Report on vaccination in Madras 1904-1921 - 1904-1921
Year: 1904
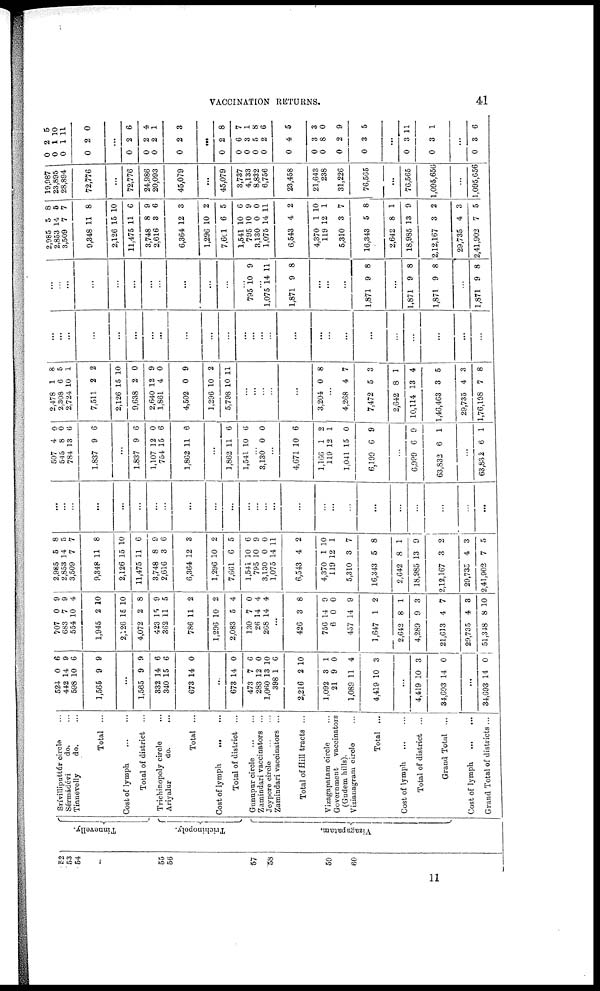
VACCINATION RETURNS.
41
52
53
54
55
56
57
58
59
60
Tinnevelly.
Trichinopoly.
Vizagapatam.
Srívilliputtúr circle... ...
Sérmádévi
do. ...
Tinnévelly
do. ... ...
Total ...
Cost of lymph
Total of district ...
Trichinopoly circle...
Ariyalur
do. ...
Total ...
Cost of lymph
Total of district ...
Gunupur circle...
...
Zamindari vaccinators ...
Jeypore circle... ...
Zamindari vaccinators ...
Total of Hill tracts ...
Vizagapatam circle...
Government vaccinators
(Gudem hills).
Vizianagram circle...
Total ...
Cost of lymph
Total of district ...
Grand Total ...
Cost of
lymph...
...
Grand Total of districts ...
524
442
598
1,565
0
14
10
9
6
9
6
9
...
1,565
332
340
673
9
14
15
14
9
6
6
0
...
673
473
283
1,060
398
2,216
1,092
21
1,089
4,419
14
7
12
13
1
2
3
9
11
10
0
6
0
10
6
10
1
0
4
3
...
4,419
34,693
10
14
3
0
...
34,693 14 0
707
683
554
1,945
2,126
4,072
423
362
786
1,296
2,083
130
26
268
0
7
10
2
16
2
15
11
11
10
5
7
14
14
9
9
4
10
10
8
9
5
2
2
4
0
4
4
...
426
756
6
457
1,647
2,642
4,289
21,613
29,735
51,348
3
14
0
14
1
8
9
4
4
8
8
9
0
9
2
1
3
7
3
10
2,985
2,853
3,509
9,348
2,126
11,475
3,748
2,616
6,364
1,296
7,661
1,541
795
3,130
1,075
6,543
4,370
119
5,310
16,343
2,642
18,985
2,12,167
29,735
2,41,902
5
14
7
11
15
11
8
3
12
10
6
10
10
0
14
4
1
12
3
5
8
13
3
4
7
8
5
7
8
10
6
9
6
3
2
5
6
9
0
11
2
10
1
7
8
1
9
2
3
5
...
...
...
...
...
...
...
...
...
...
...
...
...
...
...
...
...
...
...
...
...
...
...
...
...
507
545
784
1,837
4
8
13
9
0
0
6
6
...
1,837
1,107
754
1,862
9
12
15
11
6
0
6
6
...
1,862
1,541
11
10
6
6
...
3,130 0 0
...
4,671
1,166
119
1,041
6,199
10
1
12
15
6
6
2
1
0
9
...
6,999
63,832
6
6
9
1
...
63,832 6 1
2,478
2,308
2,724
7,511
2,126
9,638
2,640
1,861
4,502
1,296
5,798
1
6
10
2
15
2
12
4
0
10
10
8
5
1
2
10
0
9
0
9
2
11
...
...
...
...
...
3,204 0 8
...
4,268
7,472
2,642
10,114
1,46,463
29,735
1,76,198
4
5
8
13
3
4
7
7
3
1
4
5
3
8
...
...
...
...
...
...
...
...
...
...
...
...
...
...
...
...
...
...
...
...
...
...
...
...
...
...
...
...
...
...
...
...
...
...
...
...
795
..
10 9
...
1,075
1,871
14
9
11
8
...
...
...
1,871 9 8
...
1,871
1,871
9
9
8
8
...
1,871 9 8
2,985
2,853
3,509
9,348
2,126
11,475
3,748
2,616
6,364
1,296
7,601
1,541
795
3,130
1,075
6,543
4,370
119
5,310
16,343
2,642
18,985
2,12,167
29,735
2,41,902
5
14
7
11
15
11
8
3
12
10
6
10
10
0
14
4
1
12
3
5
8
13
3
4
7
8
6
7
8
10
6
9
6
3
2
5
6
9
0
11
2
10
1
7
8
1
9
2
3
5
19,987
23,895
28,894
72,776
...
72,776
24,986
20,093
45,079
...
45,079
3,737
4,133
8,832
6,756
23,458
21,643
238
31,226
76,565
...
76,565
1,095,656
...
1,095,656
0
0
0
0
2
1
1
2
5
10
11
0
...
0
0
0
0
2
2
2
2
6
4
1
3
...
0
0
0
0
0
0
0
0
0
0
...
0
0
2
6
3
5
2
4
3
8
2
3
8
7
1
8
6
5
3
0
9
5
...
3
3
11
1
...
0 3 6
11